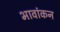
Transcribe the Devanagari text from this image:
भावांकन